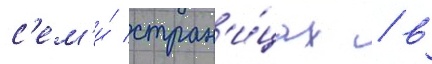
с'ем'и́ стран'и́цах / в